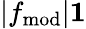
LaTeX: \lvert f_{\mathrm{mod}}\rvert\le 1